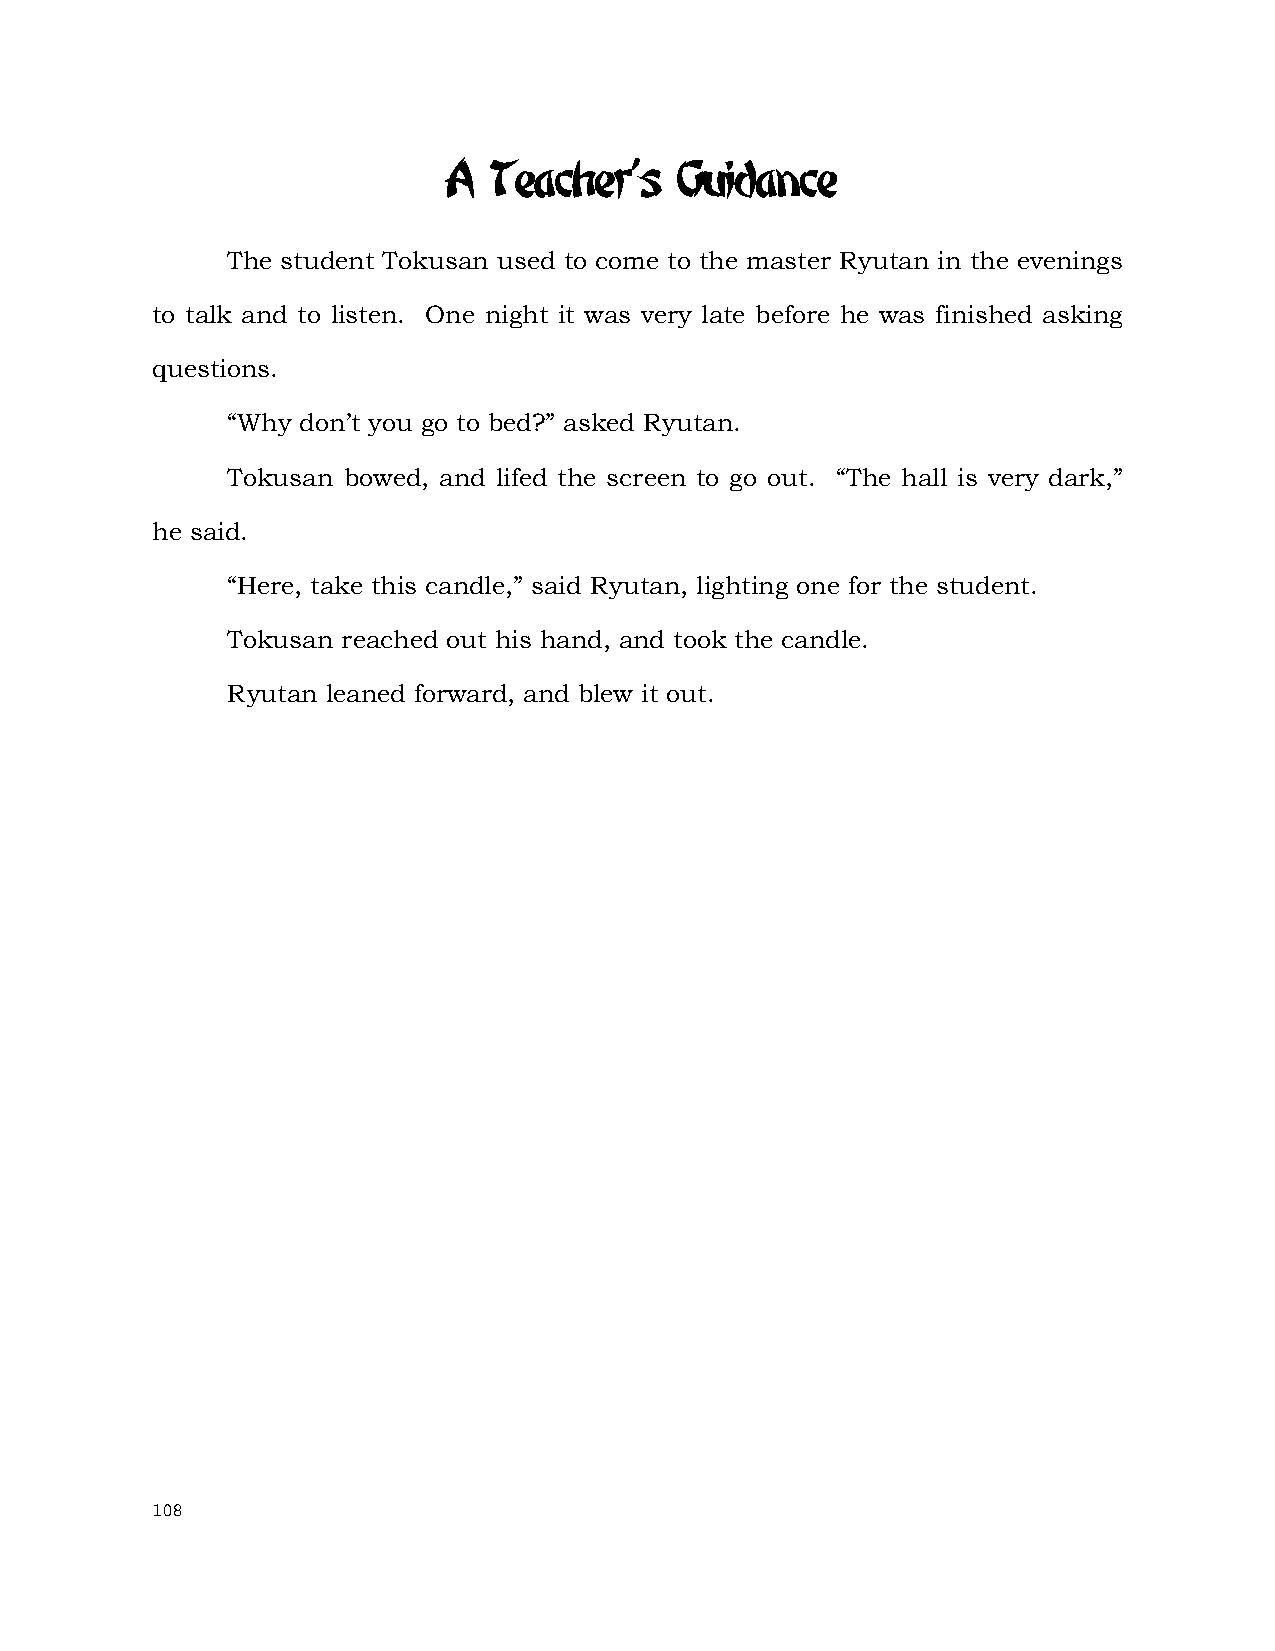
A  Teacher's    Guidance
 The student Tokusan used to come to the master Ryutan in the evenings
 to talk and to listen. One night it was very late before he was finished asking
 questions.
 “Why don’t you go to bed?” asked Ryutan.
 Tokusan bowed, and lifed the screen to go out. “The hall is very dark,”
 he said.
 “Here, take this candle,” said Ryutan, lighting one for the student.
 Tokusan reached out his hand, and took the candle.
 Ryutan leaned forward, and blew it out.
 108